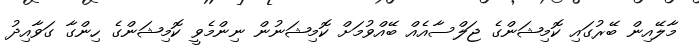
މާލޭއިން ބޭރުގައި ކޮމިޝަންގެ ޖަލްސާއެއް ބޭއްވުމަށް ކޮމިޝަނުން ނިންމެވީ ކޮމިޝަންގެ ހިންގާ ގަވާއިދު